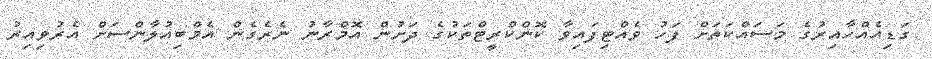
ގަޑިއެއްހާއިރުގެ މަސައްކަތަށް ފަހު ވެއްޓިފައިވާ ކޮންކްރީޓްތަކުގެ ދަށުން އޮމްރާނު ނެރެގެން އެމްބިއުލާންސަށް އެރުވިއިރު